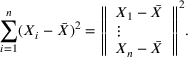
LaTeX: \sum _ { i = 1 } ^ { n } ( X _ { i } - { \bar { X } } ) ^ { 2 } = { \left\Vert \begin{array} { l } { X _ { 1 } - { \bar { X } } } \\ { \vdots } \\ { X _ { n } - { \bar { X } } } \end{array} \right\Vert } ^ { 2 } .